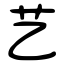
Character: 艺